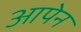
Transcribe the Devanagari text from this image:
आपेन